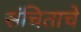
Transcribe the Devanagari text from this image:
संचिताचे